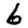
Digit: 6